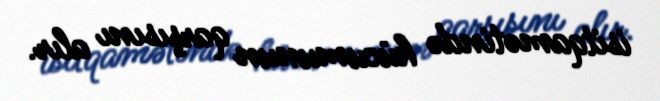
isitqamətində hücumunun qarşısını alır.